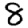
Digit: 8